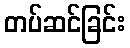
တပ်ဆင်ခြင်း